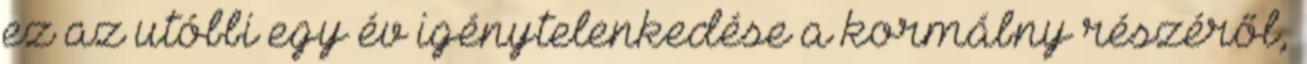
ez az utóbbi egy év igénytelenkedése a kormábny részéről,